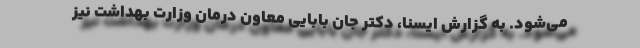
می‌شود. به گزارش ایسنا، دکتر جان بابایی معاون درمان وزارت بهداشت نیز